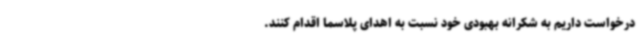
درخواست داریم به شکرانه بهبودی خود نسبت به اهدای پلاسما اقدام کنند.